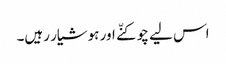
اس لیے چوکنّے اور ہوشیار رہیں۔